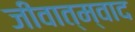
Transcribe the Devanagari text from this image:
जीवात्म्वाद